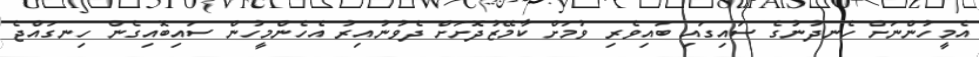
އެމީހުންނަށް ހެނދުނުގެ ސައިގައި ބައިވެރި ވުމަށް ކާމޭޒުދޮށަށް ދެވުނުއިރު އެހެންމީހުން ސައިބޮއިގެން ހިނގައްޖެ